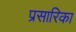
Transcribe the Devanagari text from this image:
प्रसारिका